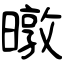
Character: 暾